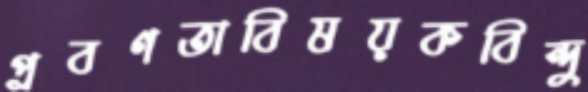
প্রবণতাবিষয়কবিন্দু